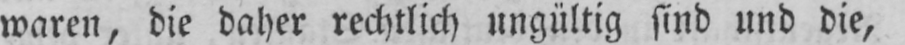
waren, die daher rechtlich ungültig sind und die,